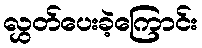
လွှတ်ပေးခဲ့ကြောင်း